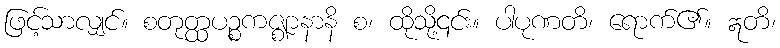
ဖြင့်သာလျှင်။ စတုတ္ထပဉ္စကဇ္ဈာနာနိ စ၊ ထိုသို့၎င်း။ ပါပုဏတိ၊ ရောက်၏။ ဣတိ၊